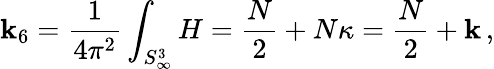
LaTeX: \mathbf{k}_{6}=\frac{{1}}{{4\pi^{2}}}\int_{S_{\infty}^{3}}H=\frac{{N}}{{2}}+N\kappa=\frac{{N}}{{2}}+\mathbf{k}\, ,